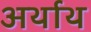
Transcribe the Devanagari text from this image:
अर्थाथ